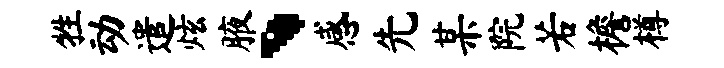
牲动遣炫腋、感先某院若檐樽